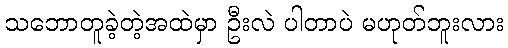
သဘောတူခဲ့တဲ့အထဲမှာ ဦးလဲ ပါတာပဲ မဟုတ်ဘူးလား